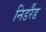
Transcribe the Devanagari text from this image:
निडर्रैड